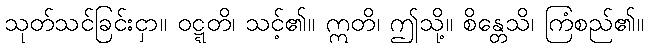
သုတ်သင်ခြင်းငှာ။ ဝဋ္ဋတိ၊ သင့်၏။ ဣတိ၊ ဤသို့။ စိန္တေသိ၊ ကြံစည်၏။